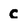
Character: c